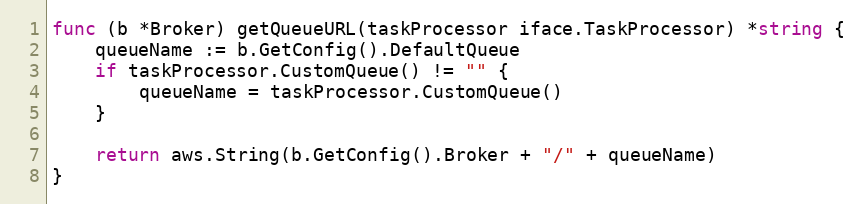
Language: Go
func (b *Broker) getQueueURL(taskProcessor iface.TaskProcessor) *string {
	queueName := b.GetConfig().DefaultQueue
	if taskProcessor.CustomQueue() != "" {
		queueName = taskProcessor.CustomQueue()
	}

	return aws.String(b.GetConfig().Broker + "/" + queueName)
}